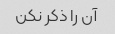
آن را ذکر نکن